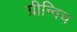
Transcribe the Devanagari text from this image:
ग्रीन्विच